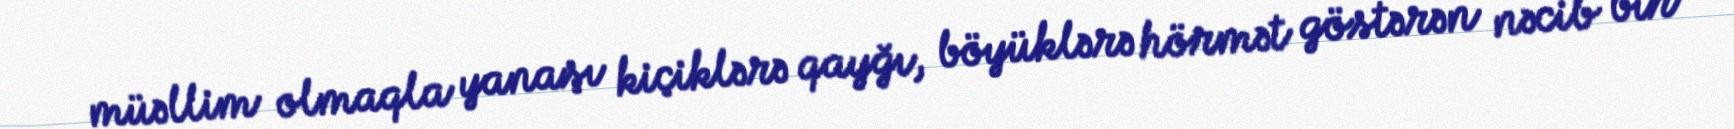
müəllim olmaqla yanaşı kiçiklərə qayğı, böyüklərə hörmət göstərən nəcib bir